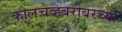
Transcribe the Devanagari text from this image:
कोलचेव्हबरोबरच्या